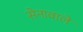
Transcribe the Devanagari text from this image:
सेनावाले